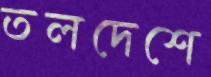
তলদেশে